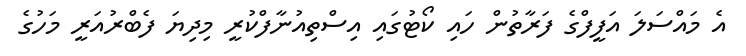
އެ މައްސަލަ އަފީފްގެ ފަރާތުން ހައި ކޯޓުގައި އިސްތިއުނާފްކުރީ މިދިޔަ ފެބްރުއަރީ މަހުގެ